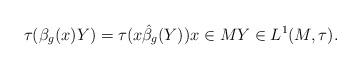
LaTeX: \begin{align*}\tau( \beta_g(x)Y) = \tau( x\hat{\beta}_g(Y)) x \in M Y \in L^1(M, \tau).\end{align*}